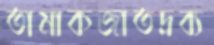
তামাকজাতদ্রব্য